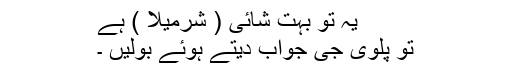
یہ تو بہت شائی ( شرمیلا ) ہے
تو پلوی جی جواب دیتے ہوئے بولیں ۔